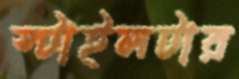
স্টাইলটার